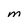
Character: M